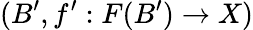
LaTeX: (B^{\prime},f^{\prime}:F(B^{\prime})\to X)